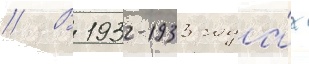
// В 1932-1933 года́х